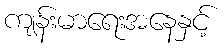
ကျန်းမာရေးအနေနှင့်